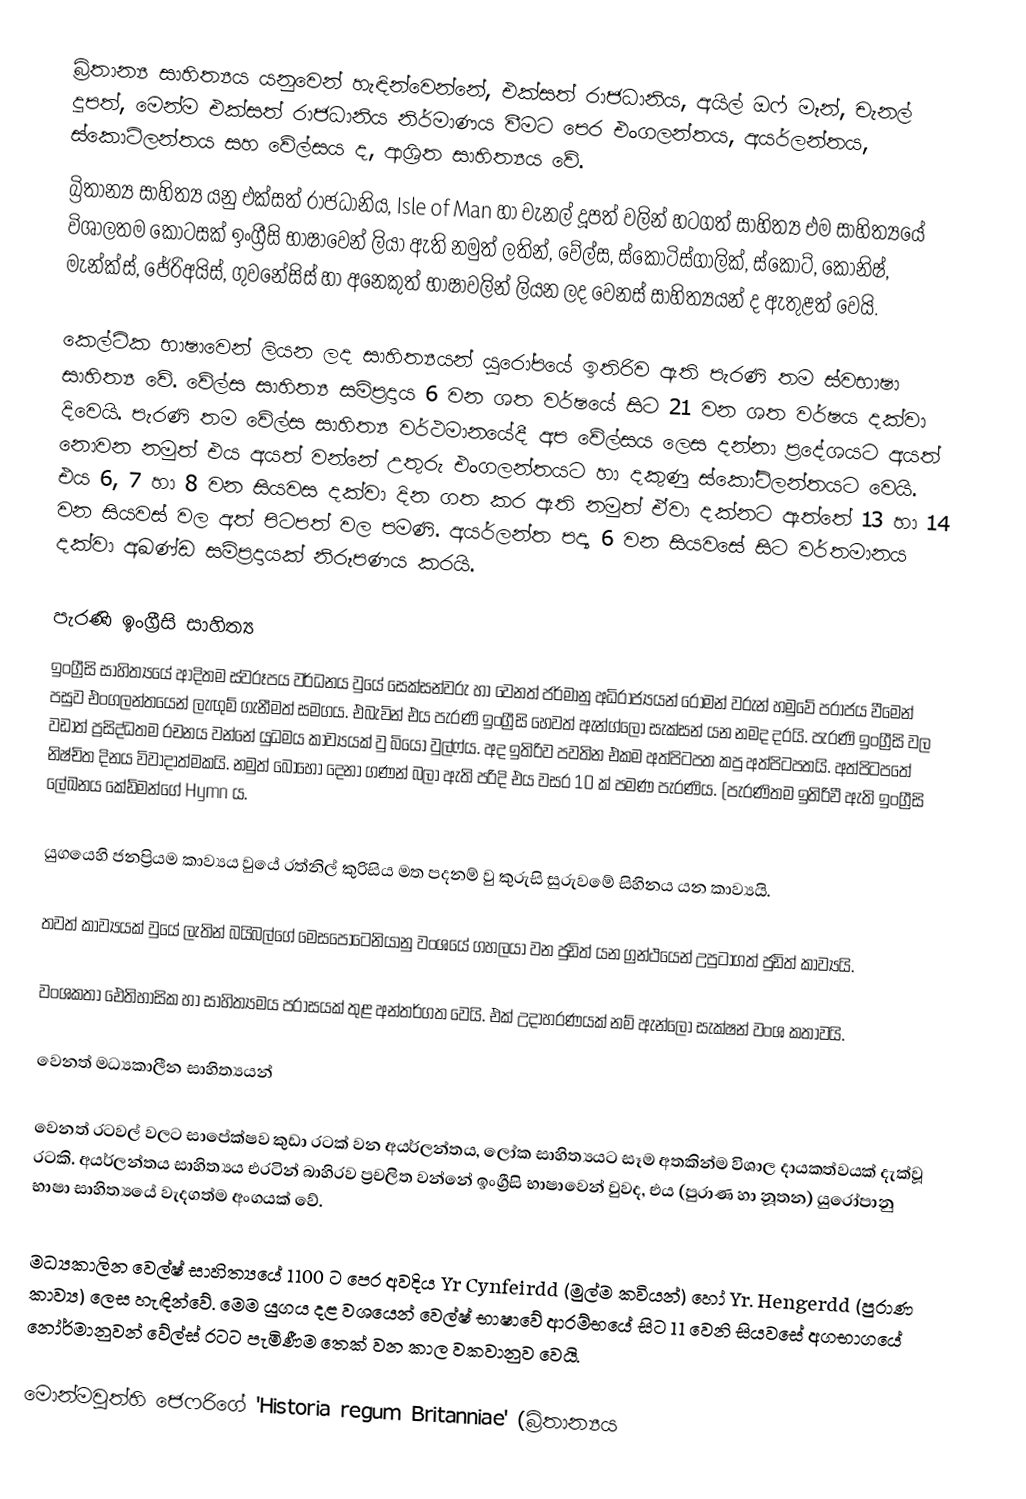
බ්‍රිතාන්‍ය සාහිත්‍යය යනුවෙන් හැඳින්වෙන්නේ, එක්සත් රාජධානිය, අයිල් ඔෆ් මෑන්, චැනල් දූපත්, මෙන්ම එක්සත් රාජධානිය නිර්මාණය වීමට පෙර  එංගලන්තය, අයර්ලන්තය, ස්කොට්ලන්තය සහ වේල්සය ද, ආශ්‍රිත  සාහිත්‍යය වේ.
බ්‍රිතාන්‍ය සාහිත්‍ය යනු එක්සත් රාජධා‍නිය, Isle of Man හා චැනල් දූපත් වලින් හටගත් සාහිත්‍ය එම සාහිත්‍යයේ විශාලතම කොටසක් ඉංග්‍රීසි භාෂාවෙන් ලියා ඇති නමුත් ලතින්, වේල්ස, ස්කොටිස්ගාලික්, ස්කෝට්, කෝනිෂ්, මැන්ක්ස්, ජේරිඅයිස්, ගුවනේසිස් හා අනෙකුත් භාෂාවලින් ලියන ලද වෙනස් සාහිත්‍යයන් ද ඇතුළත් වෙයි.

කෙල්ටික භාෂාවෙන් ලියන ලද සාහිත්‍යයන් යුරෝපයේ ඉතිරිව ඇති පැරණි තම ස්වභාෂා සාහිත්‍ය වේ. වේල්ස සාහිත්‍ය සම්ප්‍රදාය 6 වන ශත වර්ෂයේ සිට 21 වන ශත වර්ෂය දක්වා දිවෙයි. පැරණි තම වේල්ස සාහිත්‍ය වර්ථමානයේදී අප වේල්සය ලෙස දන්නා‍ ප්‍රදේශයට අයත් නොවන නමුත් එය අයත් වන්නේ උතුරු එංගලන්තයට හා දකුණු ස්කෝට්ලන්තයට වෙයි. එය 6, 7 හා 8 වන සියවස දක්වා දින ගත කර ඇති නමුත් ඒවා දක්නට ඇත්තේ 13 හා 14 වන සියවස් වල අත් පිටපත් වල පමණි. අයර්ලන්ත පද්‍ය 6 වන සියවසේ සිට වර්තමානය දක්වා අඛණ්ඩ සම්ප්‍රදායක් නිරූපණය කරයි.

පැරණි ඉංග්‍රීසි සාහිත්‍ය
ඉංග්‍රීසි සාහිත්‍යයේ ආදිතම ස්වරූපය වර්ධනය වුයේ සෙක්සන්වරු හා වෙනත් ජර්මානු අධිරාජ්‍යයන් රෝමන් වරුන් හමුවේ පරාජය වීමෙන් පසුව එංගලන්තයෙන් ලැඟුම් ගැනීමත් සමගය. එබැවින් එය පැරණි ඉංග්‍රීසි හෙවත් ඇන්ග්ලෝ සැක්සන් යන නමද දරයි. පැරණි ඉංග්‍රීසි වල වඩාත් ප්‍රසිද්ධතම රචනය වන්නේ යුධමය කාව්‍යයක් වු බියෝ වුල්ෆ්ය. අද ඉතිරිව පවතින එකම අත්පිටපත කපු අත්පිටපතයි. අත්පිටපතේ නිෂ්චිත දිනය විවාදාත්මකයි. නමුත් බොහෝ දෙනා ගණන් බලා ඇති පරිදි එය වසර 10 ක් පමණ පැරණිය. (පැරණිතම ඉතිරිවී ඇති ඉංග්‍රීසි ලේඛනය කේඩ්මන්ගේ Hymn ය.

යුගයෙහි ජනප්‍රියම කාව්‍යය වුයේ රත්නිල් කුරිසිය මත පදනම් වු කුරුසි සුරුවමේ සිහිනය යන කාව්‍යයි.

තවත් කාව්‍යයක් වුයේ ලැතින් බයිබල්ගේ මෙසපොටෙනියානු වංශයේ ගහලයා වන ජුඩිත් යන ග්‍රන්ථයෙන් උපුටාගත් ජුඩිත් කාව්‍යයි.

වංශකතා ඓතිහාසික හා සාහිත්‍යමය පරාසයක් තුළ අන්තර්ගත වෙයි. එක් උදාහරණයක් නම් ඇන්ලෝ සැක්ෂන් වංශ කතාවයි.

වෙනත් මධ්‍යකාලීන සාහිත්‍යයන්

වෙනත් රටවල් වලට සාපේක්ෂව කුඩා රටක් වන අයර්ලන්තය, ලෝක සාහිත්‍යයට සෑම අතකින්ම විශාල දායකත්වයක් දැක්වූ රටකි. අයර්ලන්තය සාහිත්‍යය එරටින් බාහිරව ප්‍රචලිත වන්නේ ඉංග්‍රීසි භාෂාවෙන් වුවද, එය (පුරාණ හා නූතන) යුරො‍්පානු භාෂා සාහිත්‍යයේ වැදගත්ම අංගයක් වේ.

මධ්‍යකාලින වෙල්ෂ් සාහිත්‍යයේ 1100 ට පෙර අවදිය Yr Cynfeirdd (මුල්ම කවියන්) හෝ Yr. Hengerdd (පුරාණ කාව්‍ය) ලෙස හැඳින්වේ. මෙම යුගය දළ වශයෙන් වෙල්ෂ් භාෂාවේ ආරම්භයේ සිට 11 වෙනි සියවසේ අගභාගයේ නෝර්මානුවන් වේල්ස් රටට පැමිණීම තෙක් වන කාල වකවානුව වෙයි.

මොන්මවුත්හි ජෙෆරිගේ 'Historia regum Britanniae' (බ්‍රිතාන්‍යය